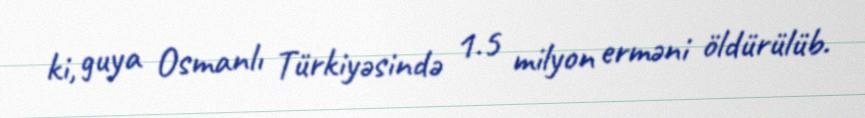
ki, guya Osmanlı Türkiyəsində 1.5 milyon erməni öldürülüb.